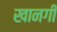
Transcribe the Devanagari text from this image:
खानगी